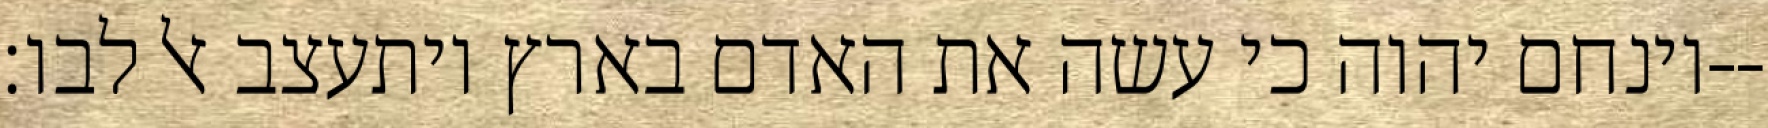
וינחם יהוה כי עשה את האדם בארץ ויתעצב אל לבו׃--